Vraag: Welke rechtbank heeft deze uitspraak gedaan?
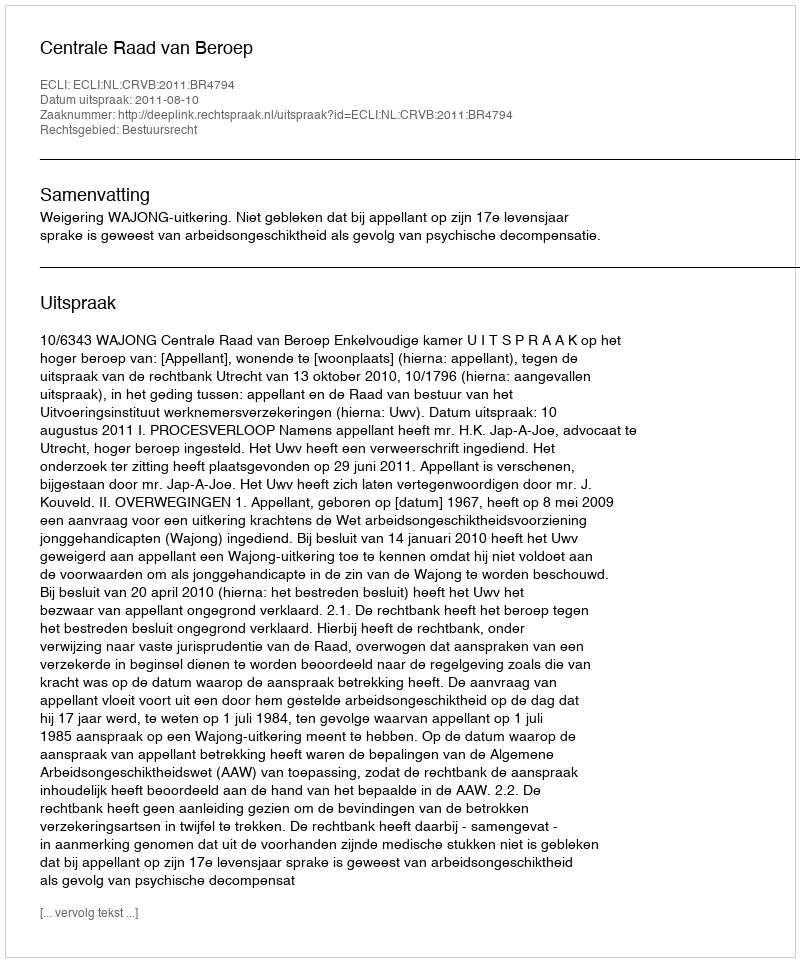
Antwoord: Centrale Raad van Beroep